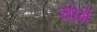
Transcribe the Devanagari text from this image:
चोगें